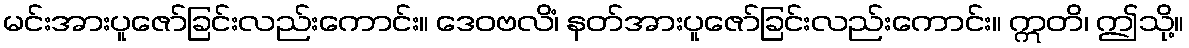
မင်းအားပူဇော်ခြင်းလည်းကောင်း။ ဒေဝဗလိံ၊ နတ်အားပူဇော်ခြင်းလည်းကောင်း။ ဣတိ၊ ဤသို့။